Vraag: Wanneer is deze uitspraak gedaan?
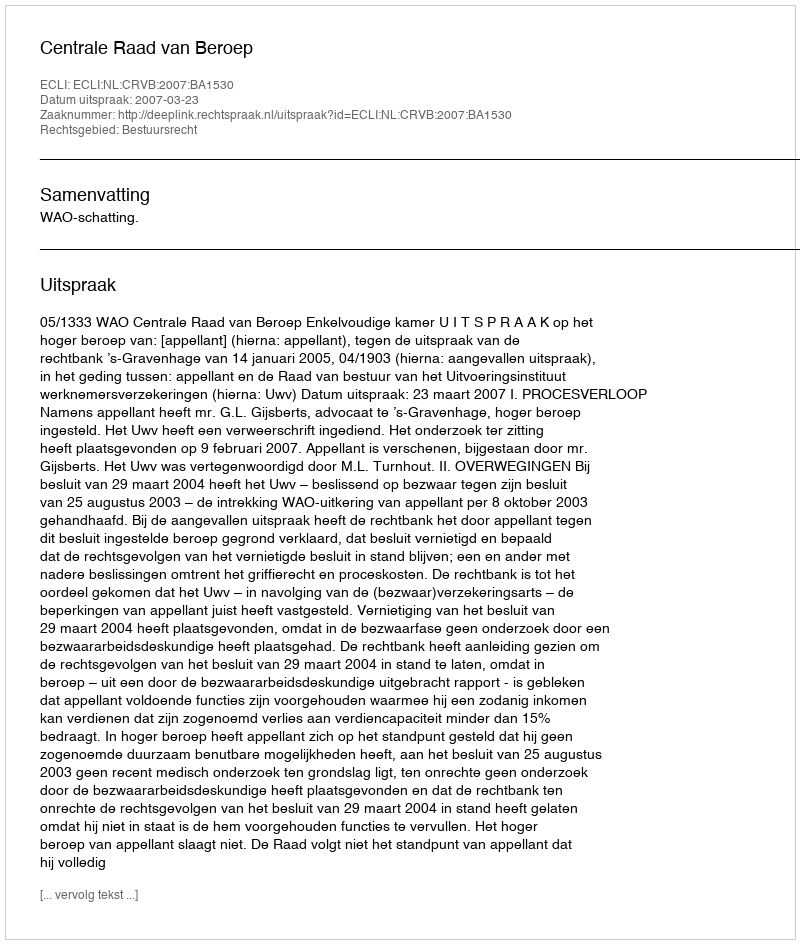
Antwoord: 2007-03-23